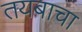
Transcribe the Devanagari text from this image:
तयबाचा